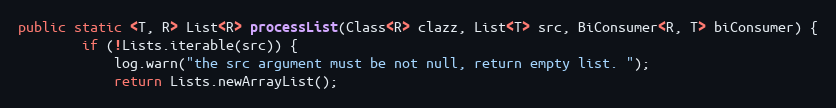
Language: Java
public static <T, R> List<R> processList(Class<R> clazz, List<T> src, BiConsumer<R, T> biConsumer) {
        if (!Lists.iterable(src)) {
            log.warn("the src argument must be not null, return empty list. ");
            return Lists.newArrayList();